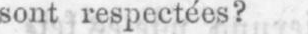
sont respectées?